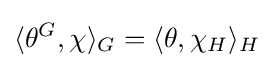
\langle \theta ^{G},\chi \rangle _{G}=\langle \theta ,\chi _{H}\rangle _{H}